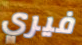
فيري